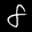
Label: 8